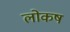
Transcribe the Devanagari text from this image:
लोकष